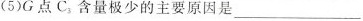
(5)G点C_{3}含量极少的主要原因是___